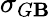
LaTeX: \sigma_{G\mathbf{B}}